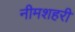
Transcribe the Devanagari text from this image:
नीमशहरी